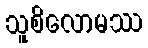
သူစိလောမဿ